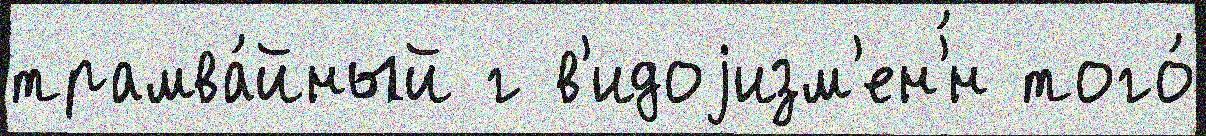
трамва́йный г в'идоjизм'ен'́н того́